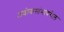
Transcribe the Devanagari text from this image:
अशोकस्तंभांवरील